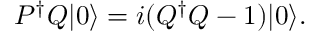
P ^ { \dagger } Q | 0 \rangle = i ( Q ^ { \dagger } Q - 1 ) | 0 \rangle .